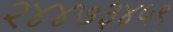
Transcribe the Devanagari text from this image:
२४४७३४५९